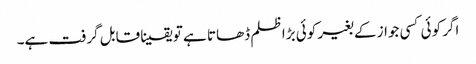
اگر کوئی کسی جواز کے بغیر کوئی بڑا ظلم ڈھاتا ہے تو یقینا قابل گرفت ہے۔